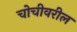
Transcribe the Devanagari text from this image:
चोचीवरील